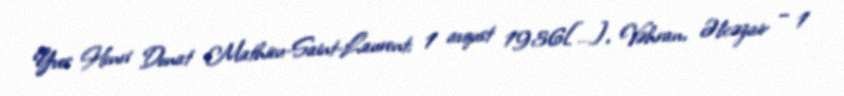
Yves Henri Donat Mathieu-Saint-Laurent; 1 avqust 1936[…], Vəhran, Əlcəzair – 1